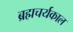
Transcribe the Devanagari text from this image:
ब्रह्मचर्यकाल